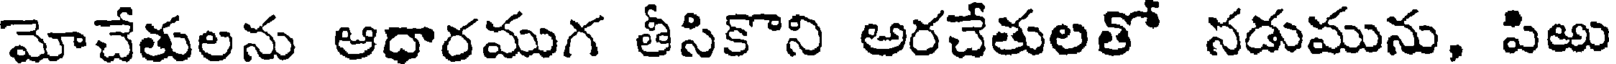
మోచేతులను ఆధారముగ తీసికొని అరచేతులతో నడుమును, పిఱు